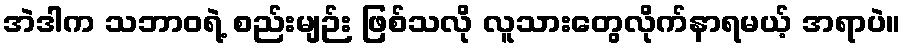
အဲဒါက သဘာဝရဲ့ စည်းမျဉ်း ဖြစ်သလို လူသားတွေလိုက်နာရမယ့် အရာပဲ။